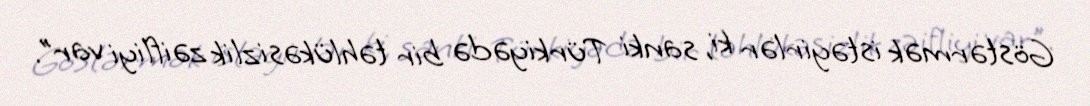
Göstərmək istəyirlər ki, sanki Türkiyədə bir təhlükəsizlik zəifliyi var”.